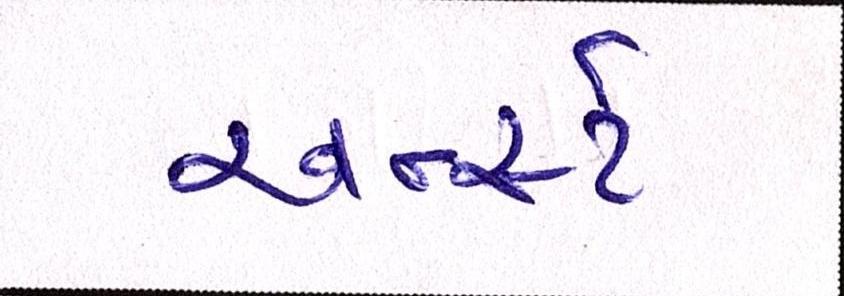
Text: અર્ન્સ્ટ